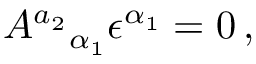
A ^ { a _ { 2 } } { } _ { \alpha _ { 1 } } \epsilon ^ { \alpha _ { 1 } } = 0 \, ,